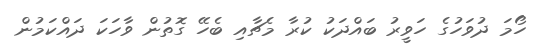
ހޯމަ ދުވަހުގެ ހަވީރު ބައްދަކު ކުރާ މެޗާއި ބެހޭ ގޮތުން ވާހަކަ ދައްކަމުން